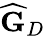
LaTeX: \widehat{\mathbf{G}}_{D}